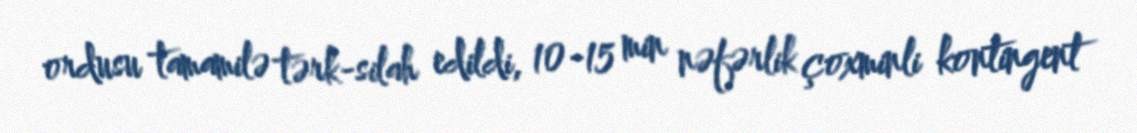
ordusu tamamilə tərk-silah edildi, 10-15 min nəfərlik çoxminli kontingent